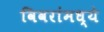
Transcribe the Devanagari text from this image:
विवरांमध्ये